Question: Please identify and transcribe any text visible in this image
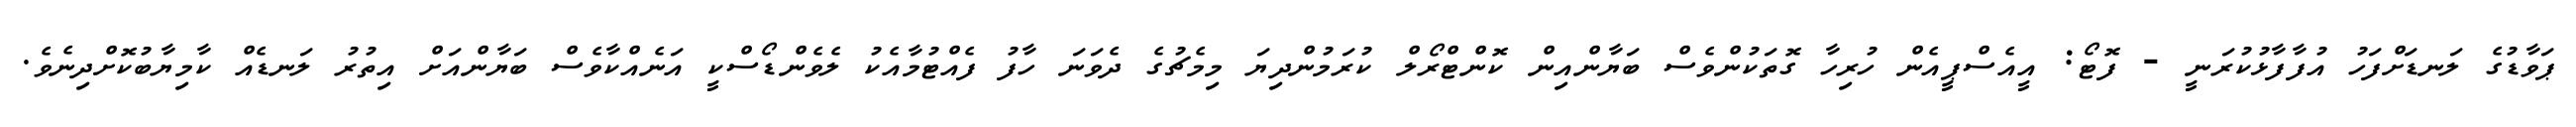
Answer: ޕަވާޑުގެ ލަނޑަށްފަހު އުފާފާޅުކުރަނީ - ފޮޓޯ: އީއެސްޕީއެން ހުރިހާ ގޮތަކުންވެސް ބަޔާންއިން ކޮންޓްރޯލް ކުރަމުންދިޔަ މިމެޗުގެ ދެވަނަ ހާފު ފެއްޓުމާއެކު ލެވެންޑޯސްކީ އަނެއްކާވެސް ބަޔާންއަށް އިތުރު ލަނޑެއް ކާމިޔާބުކޮށްދިނެވެ.